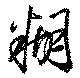
糊